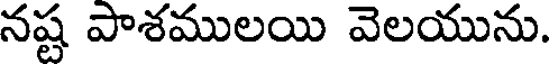
నష్ట పాశములయి వెలయును.